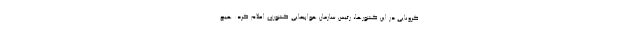
کرونایی در این کشورها، رئیس سازمان هواپیمایی کشوری اعلام کرد: هیچ